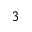
^ 3